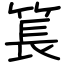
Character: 𥮲